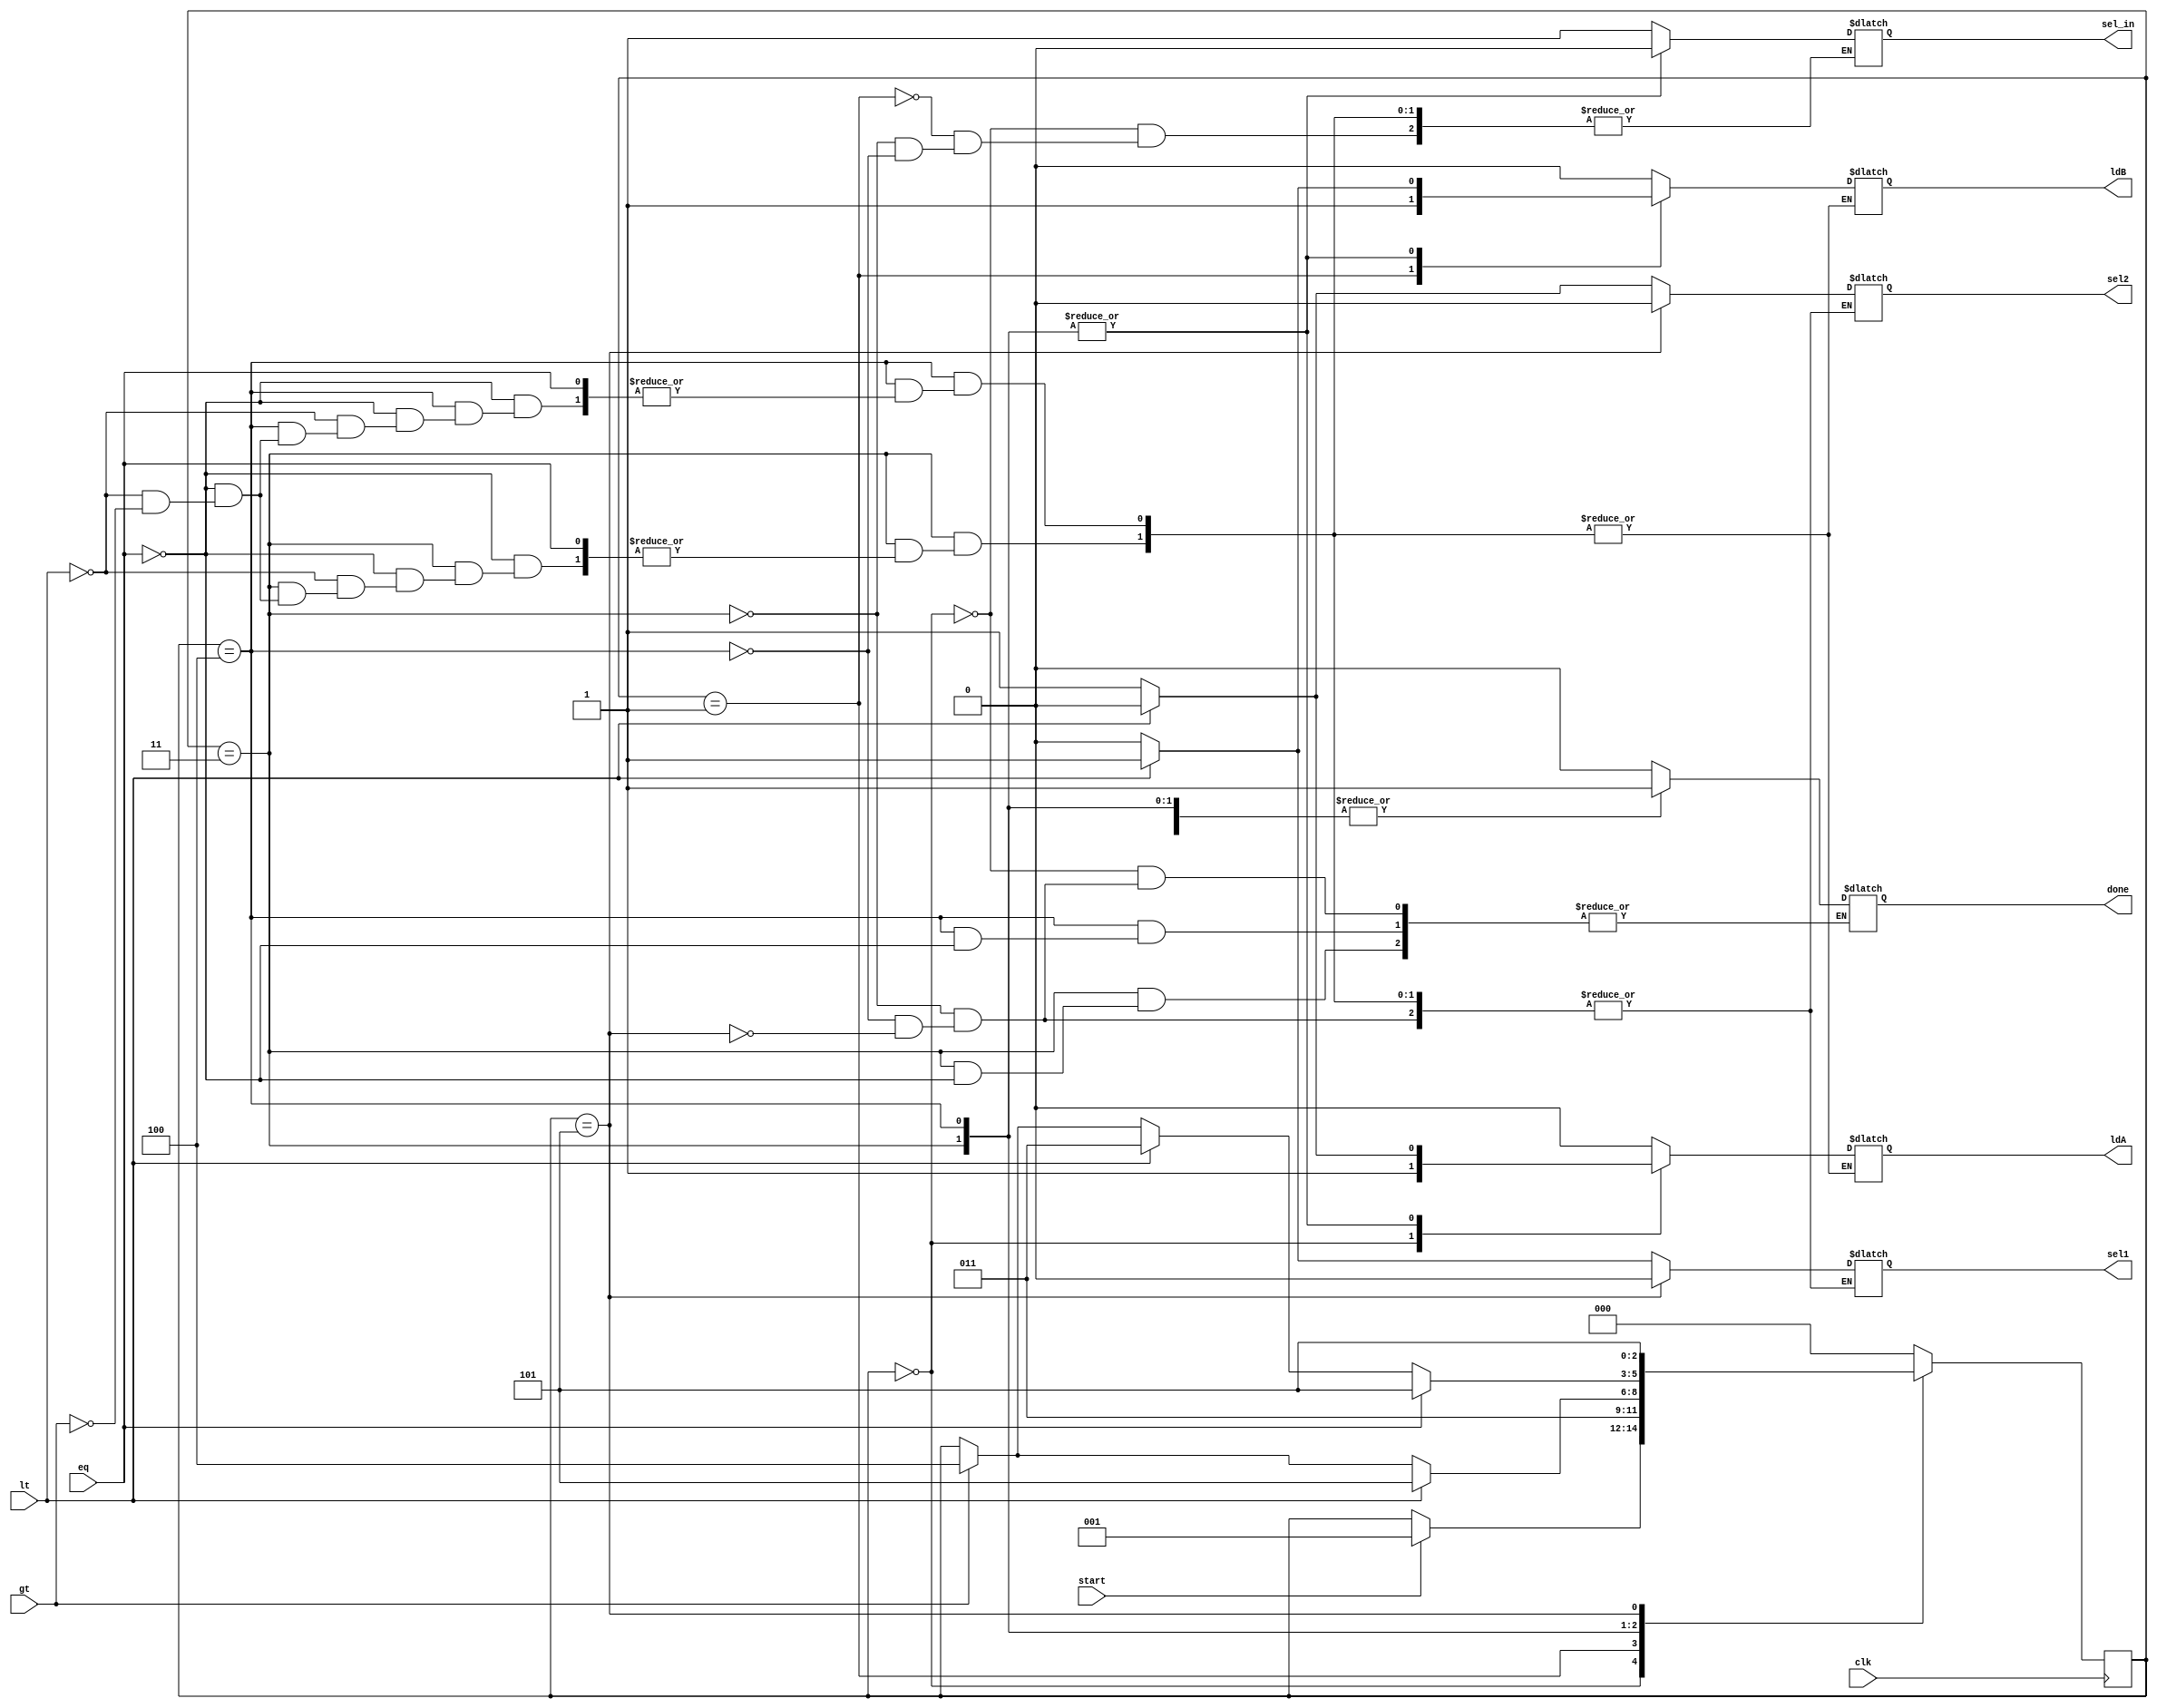
`timescale 1ns / 1ps
//////////////////////////////////////////////////////////////////////////////////
// Company: 
// Engineer: 
// 
// Design Name: 
// Module Name:    gcd_controller 
// Project Name: 
// Target Devices: 
// Tool versions: 
// Description: 
//
// Dependencies: 
//
// Revision: 
// Revision 0.01 - File Created
// Additional Comments: 
//
//////////////////////////////////////////////////////////////////////////////////
module gcd_controller(ldA,ldB,sel1,sel2,sel_in,done,clk,lt,gt,eq,start);
input clk,lt,gt,eq,start;
output reg ldA,ldB,sel1,sel2,sel_in,done;
reg [2:0] state;
parameter s0=3'b000,s1=3'b001,s2=3'b011,s3=3'b011,s4=3'b100,s5=3'b101;
always @(posedge clk)
begin
case (state)
s0: if (start) state <=s1;
s1: state <=s2;
s2: #2 if(lt) state <=s5;
else if (lt) state <=s3;
else if (gt) state <=s4;
s3: #2 if (eq) state <=s5;
else if (lt) state <=s3; 
else if (gt) state <=s4;
s4: #2 if (eq) state <=s5;
else if (lt) state <=s3;
else if (gt) state<=s4;
s5: state <=s5;
default: state <=s0; 
endcase
end
always @(state)
begin
case (state)
s0:   begin sel_in=1; ldA=1; ldB=0; done=0; end
s1:     begin sel_in=1; ldA=0; ldB=1;end
s2:     if (eq) done=1;
else if (lt) begin
sel1=1; sel2=0;sel_in=0;
#1 ldA=0; ldB=1;
end
else if (gt) begin
sel1=0; sel2=1;sel_in=0;
#1 ldA=1; ldB=0;
end
s3:     if (eq) done=1;
else if (lt) begin
sel1=0; sel2=0;sel_in=0;
#1 ldA=0;ldB=1;
end
else if (gt) begin
sel1=0;sel2=1;sel_in=0;
#1 ldA=1;ldB=0;
end
s4:      if (eq) done=1;
else if (lt) begin
sel1=1;sel2=0;sel_in=0;
#1 ldA=0;ldB=1;
end
else if (gt) begin
sel1=0;sel2=1;sel_in=0;
#1 ldA=1;ldB=0;
end
s5:     begin
done=1;sel1=0;sel2=0;ldA=0;
ldB=0;
end
default:begin ldA=0;ldB=0;end
endcase		  
end 
endmodule